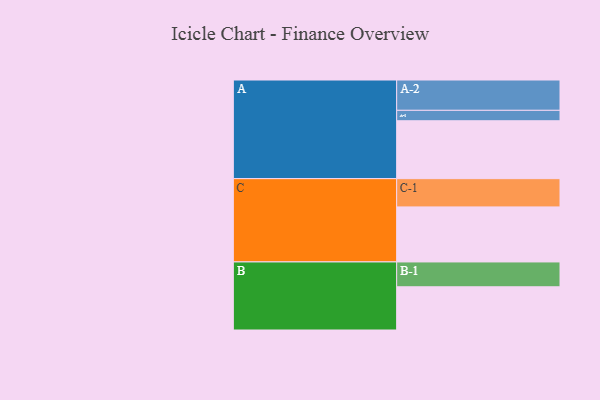
{"axis": {"x": "Segment", "y": "Value"}, "legend": ["", "A", "B", "C"], "data": [{"x": "A", "y": 422, "type": ""}, {"x": "B", "y": 315, "type": ""}, {"x": "C", "y": 401, "type": ""}, {"x": "A-1", "y": 76, "type": "A"}, {"x": "A-2", "y": 221, "type": "A"}, {"x": "B-1", "y": 181, "type": "B"}, {"x": "C-1", "y": 206, "type": "C"}]}